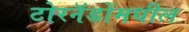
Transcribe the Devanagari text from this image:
टोरनॅडोंमधील